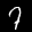
Digit: 7